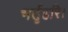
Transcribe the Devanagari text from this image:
भर्तृहरि।